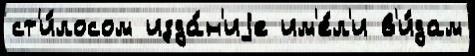
ст'и́лосом изда́н'иjе им'е́л'и в'и́дам